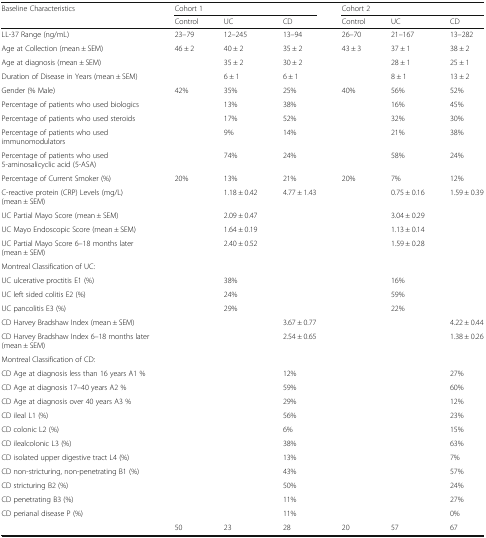
<table><thead><tr><td rowspan="2"><b>Baseline Characteristics</b></td><td colspan="3"><b>Cohort 1</b></td><td colspan="3"><b>Cohort 2</b></td></tr><tr><td><b>Control</b></td><td><b>UC</b></td><td><b>CD</b></td><td><b>Control</b></td><td><b>UC</b></td><td><b>CD</b></td></tr></thead><tbody><tr><td>LL-37 Range (ng/mL)</td><td>23–79</td><td>12–245</td><td>13–94</td><td>26–70</td><td>21–167</td><td>13–282</td></tr><tr><td>Age at Collection (mean ± SEM)</td><td>46 ± 2</td><td>40 ± 2</td><td>35 ± 2</td><td>43 ± 3</td><td>37 ± 1</td><td>38 ± 2</td></tr><tr><td>Age at diagnosis (mean ± SEM)</td><td></td><td>35 ± 2</td><td>30 ± 2</td><td></td><td>28 ± 1</td><td>25 ± 1</td></tr><tr><td>Duration of Disease in Years (mean ± SEM)</td><td></td><td>6 ± 1</td><td>6 ± 1</td><td></td><td>8 ± 1</td><td>13 ± 2</td></tr><tr><td>Gender (% Male)</td><td>42%</td><td>35%</td><td>25%</td><td>40%</td><td>56%</td><td>52%</td></tr><tr><td>Percentage of patients who used biologics</td><td></td><td>13%</td><td>38%</td><td></td><td>16%</td><td>45%</td></tr><tr><td>Percentage of patients who used steroids</td><td></td><td>17%</td><td>52%</td><td></td><td>32%</td><td>30%</td></tr><tr><td>Percentage of patients who used immunomodulators</td><td></td><td>9%</td><td>14%</td><td></td><td>21%</td><td>38%</td></tr><tr><td>Percentage of patients who used 5-aminosalicyclic acid (5-ASA)</td><td></td><td>74%</td><td>24%</td><td></td><td>58%</td><td>24%</td></tr><tr><td>Percentage of Current Smoker (%)</td><td>20%</td><td>13%</td><td>21%</td><td>20%</td><td>7%</td><td>12%</td></tr><tr><td>C-reactive protein (CRP) Levels (mg/L) (mean ± SEM)</td><td></td><td>1.18 ± 0.42</td><td>4.77 ± 1.43</td><td></td><td>0.75 ± 0.16</td><td>1.59 ± 0.39</td></tr><tr><td>UC Partial Mayo Score (mean ± SEM)</td><td></td><td>2.09 ± 0.47</td><td></td><td></td><td>3.04 ± 0.29</td><td></td></tr><tr><td>UC Mayo Endoscopic Score (mean ± SEM)</td><td></td><td>1.64 ± 0.19</td><td></td><td></td><td>1.13 ± 0.14</td><td></td></tr><tr><td>UC Partial Mayo Score 6–18 months later (mean ± SEM)</td><td></td><td>2.40 ± 0.52</td><td></td><td></td><td>1.59 ± 0.28</td><td></td></tr><tr><td colspan="7">Montreal Classification of UC:</td></tr><tr><td>UC ulcerative proctitis E1 (%)</td><td></td><td>38%</td><td></td><td></td><td>16%</td><td></td></tr><tr><td>UC left sided colitis E2 (%)</td><td></td><td>24%</td><td></td><td></td><td>59%</td><td></td></tr><tr><td>UC pancolitis E3 (%)</td><td></td><td>29%</td><td></td><td></td><td>22%</td><td></td></tr><tr><td>CD Harvey Bradshaw Index (mean ± SEM)</td><td></td><td></td><td>3.67 ± 0.77</td><td></td><td></td><td>4.22 ± 0.44</td></tr><tr><td>CD Harvey Bradshaw Index 6–18 months later (mean ± SEM)</td><td></td><td></td><td>2.54 ± 0.65</td><td></td><td></td><td>1.38 ± 0.26</td></tr><tr><td colspan="7">Montreal Classification of CD:</td></tr><tr><td>CD Age at diagnosis less than 16 years A1 %</td><td></td><td></td><td>12%</td><td></td><td></td><td>27%</td></tr><tr><td>CD Age at diagnosis 17–40 years A2 %</td><td></td><td></td><td>59%</td><td></td><td></td><td>60%</td></tr><tr><td>CD Age at diagnosis over 40 years A3 %</td><td></td><td></td><td>29%</td><td></td><td></td><td>12%</td></tr><tr><td>CD ileal L1 (%)</td><td></td><td></td><td>56%</td><td></td><td></td><td>23%</td></tr><tr><td>CD colonic L2 (%)</td><td></td><td></td><td>6%</td><td></td><td></td><td>15%</td></tr><tr><td>CD ilealcolonic L3 (%)</td><td></td><td></td><td>38%</td><td></td><td></td><td>63%</td></tr><tr><td>CD isolated upper digestive tract L4 (%)</td><td></td><td></td><td>13%</td><td></td><td></td><td>7%</td></tr><tr><td>CD non-stricturing, non-penetrating B1 (%)</td><td></td><td></td><td>43%</td><td></td><td></td><td>57%</td></tr><tr><td>CD stricturing B2 (%)</td><td></td><td></td><td>50%</td><td></td><td></td><td>24%</td></tr><tr><td>CD penetrating B3 (%)</td><td></td><td></td><td>11%</td><td></td><td></td><td>27%</td></tr><tr><td>CD perianal disease P (%)</td><td></td><td></td><td>11%</td><td></td><td></td><td>0%</td></tr><tr><td></td><td>50</td><td>23</td><td>28</td><td>20</td><td>57</td><td>67</td></tr></tbody></table>